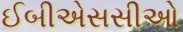
ઈબીએસસીઓ